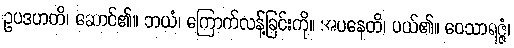
ဥပဒဟတိ၊ ဆောင်၏။ ဘယံ၊ ကြောက်လန့်ခြင်းကို။ အပနေတိ၊ ပယ်၏။ ဝေသာရဇ္ဇံ၊